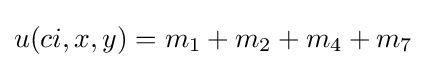
u(ci,x,y)=m_{1}+m_{2}+m_{4}+m_{7}